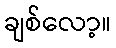
ချစ်လော့။